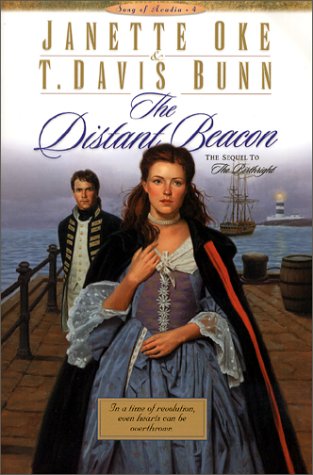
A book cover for The Distant Beacon (Song of Acadia #4); Janette Oke; Religion & Spirituality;